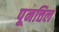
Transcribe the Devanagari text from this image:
पूनत्तिल